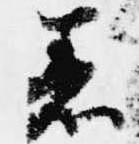
着